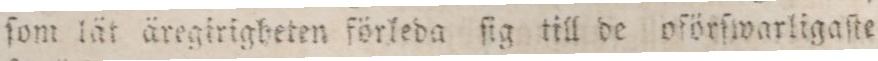
ſom lät äregirigheten förleda ſig till de oförſwarligaſte